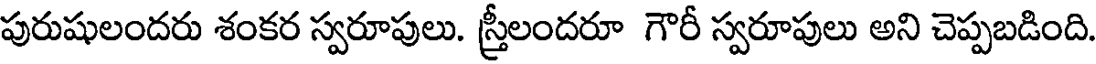
పురుషులందరు శంకర స్వరూపులు. స్రీలందరూ గౌరీ స్వరూపులు అని చెప్పబడింది.